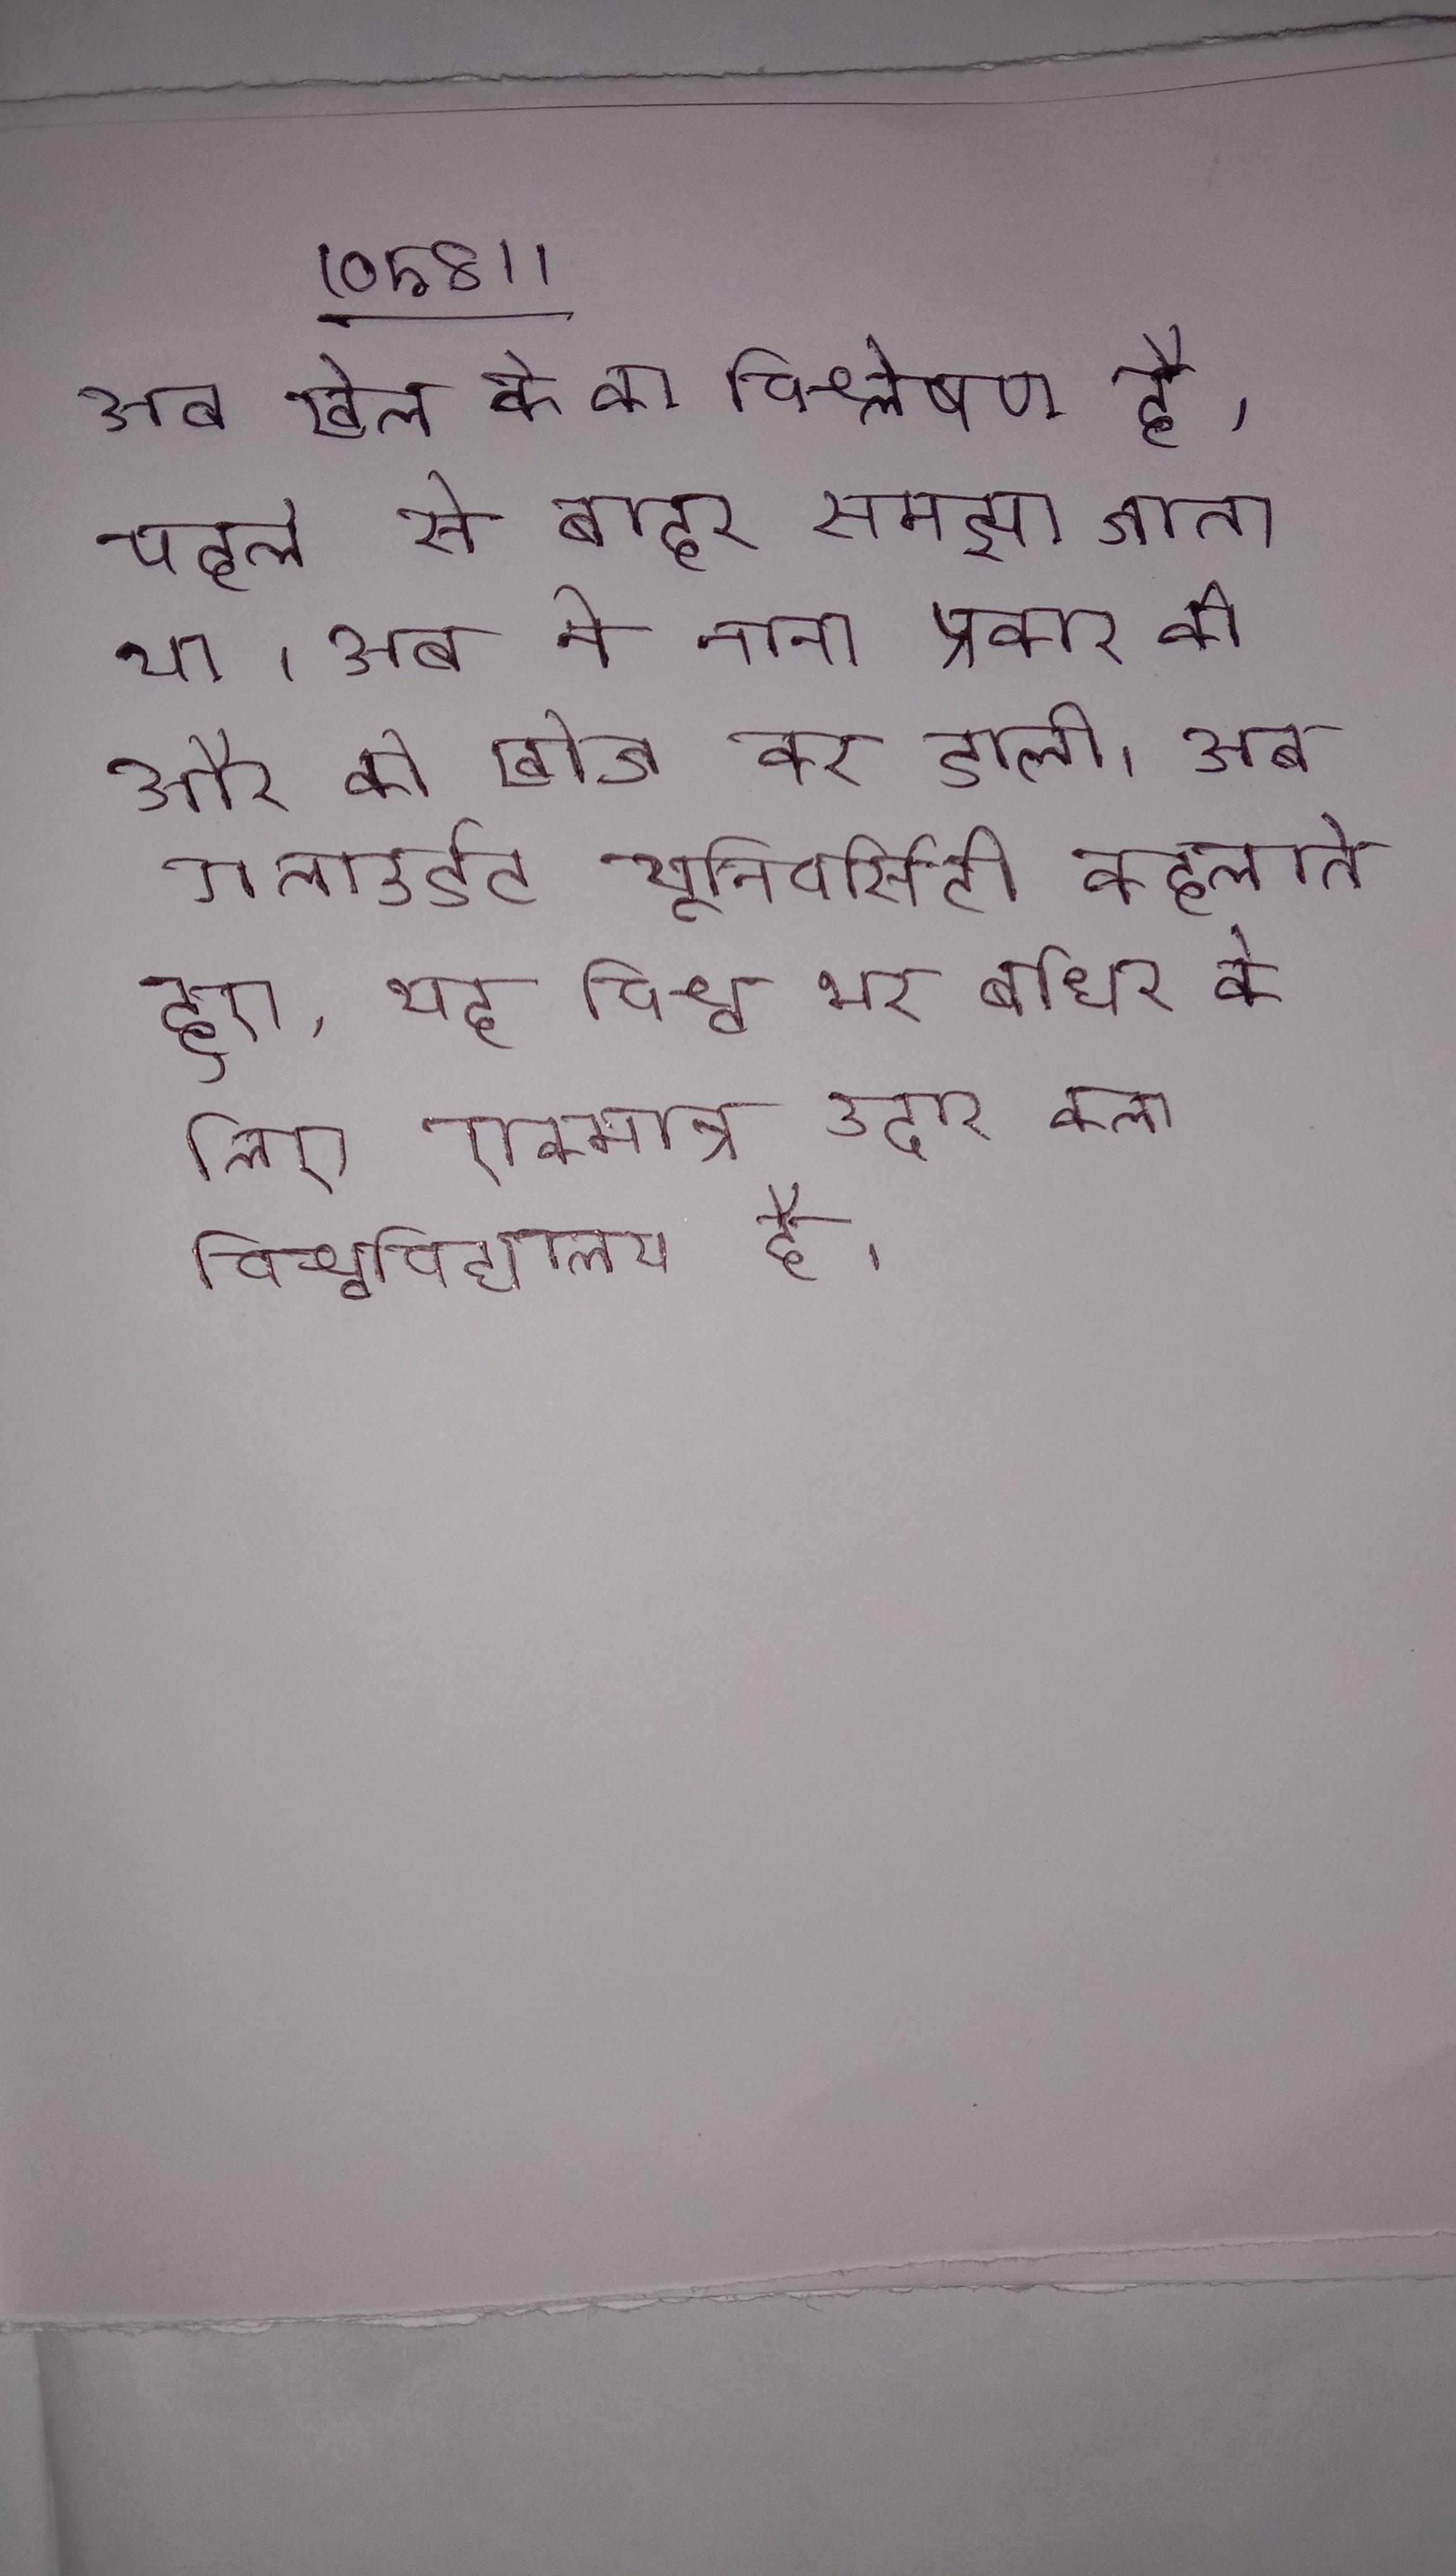
अब खेल के का विश्लेषण है, पहले से बाहर समझा जाता था । अब ने नाना प्रकार की और को खोज कर डाली । अब गलाउडेट यूनिवर्सिटी कहलाते हुए, यह विश्व भर बधिर के लिए एकमात्र उदार कला विश्वविद्यालय है ।